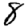
Digit: 8